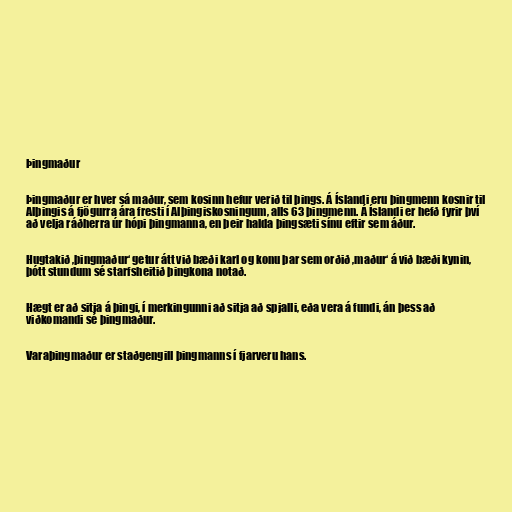
Þingmaður

Þingmaður er hver sá maður, sem kosinn hefur verið til þings. Á Íslandi eru þingmenn kosnir til
Alþingis á fjögurra ára fresti í Alþingiskosningum, alls 63 þingmenn. Á Íslandi er hefð fyrir því
að velja ráðherra úr hópi þingmanna, en þeir halda þingsæti sínu eftir sem áður.

Hugtakið ‚þingmaður‘ getur átt við bæði karl og konu þar sem orðið ‚maður‘ á við bæði kynin,
þótt stundum sé starfsheitið þingkona notað.

Hægt er að sitja á þingi, í merkingunni að sitja að spjalli, eða vera á fundi, án þess að
viðkomandi sé þingmaður.

Varaþingmaður er staðgengill þingmanns í fjarveru hans.